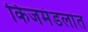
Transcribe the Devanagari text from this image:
किजमंडलांत